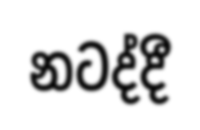
නටද්දී